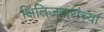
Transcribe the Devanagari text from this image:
क्षितिजसरांच्या